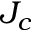
J _ { c }